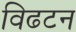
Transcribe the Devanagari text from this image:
विढटन